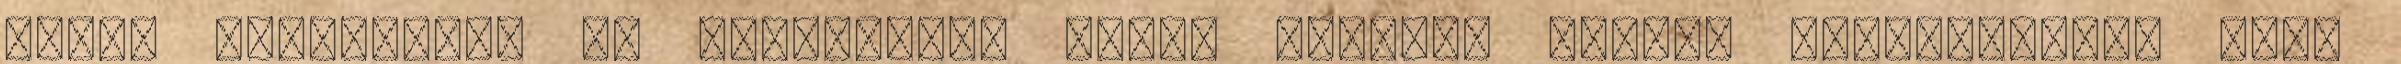
római "ötletnek" az évszázadok során történő átfogó elemzésével, mind